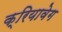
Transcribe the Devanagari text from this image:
क्रियावेग